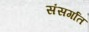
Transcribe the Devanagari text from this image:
संसर्गात